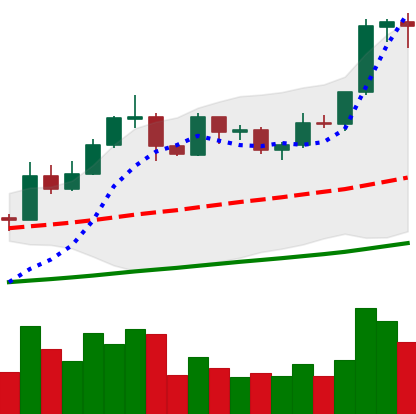
Ticker: EOS-USD
Chart end date: 2019-05-29
Forward return: -14.738%
Label: down_7plus